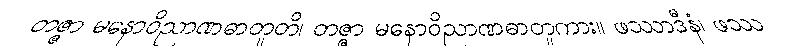
တဇ္ဇာ မနောဝိညာဏဓာတူတိ၊ တဇ္ဇာ မနောဝိညာဏဓာတူကား။ ဖဿာဒီနံ၊ ဖဿ